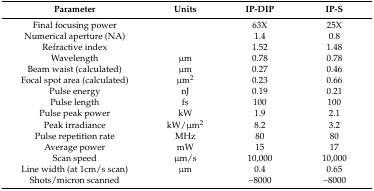
<table><thead><tr><td><b>Parameter</b></td><td><b>Units</b></td><td><b>IP-DIP</b></td><td><b>IP-S</b></td></tr></thead><tbody><tr><td>Final focusing power</td><td></td><td>63X</td><td>25X</td></tr><tr><td>Numerical aperture (NA)</td><td></td><td>1.4</td><td>0.8</td></tr><tr><td>Refractive index</td><td></td><td>1.52</td><td>1.48</td></tr><tr><td>Wavelength</td><td>μm</td><td>0.78</td><td>0.78</td></tr><tr><td>Beam waist (calculated)</td><td>μm</td><td>0.27</td><td>0.46</td></tr><tr><td>Focal spot area (calculated)</td><td>μm<sup>2</sup></td><td>0.23</td><td>0.66</td></tr><tr><td>Pulse energy</td><td>nJ</td><td>0.19</td><td>0.21</td></tr><tr><td>Pulse length</td><td>fs</td><td>100</td><td>100</td></tr><tr><td>Pulse peak power </td><td>kW</td><td>1.9</td><td>2.1</td></tr><tr><td>Peak irradiance</td><td>kW/μm<sup>2</sup></td><td>8.2</td><td>3.2</td></tr><tr><td>Pulse repetition rate</td><td>MHz</td><td>80</td><td>80</td></tr><tr><td>Average power</td><td>mW</td><td>15</td><td>17</td></tr><tr><td>Scan speed</td><td>μm/s</td><td>10,000</td><td>10,000</td></tr><tr><td>Line width (at 1cm/s scan)</td><td>μm</td><td>0.4</td><td>0.65</td></tr><tr><td>Shots/micron scanned</td><td></td><td>~8000</td><td>~8000</td></tr></tbody></table>